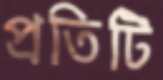
প্রতিটি